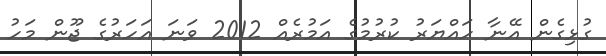
ގުޅިގެން އޭނާ ހައްޔަރު ކުރުމުގެ އަމުރެއް 2012 ވަނަ އަހަރުގެ ޖޫން މަހު